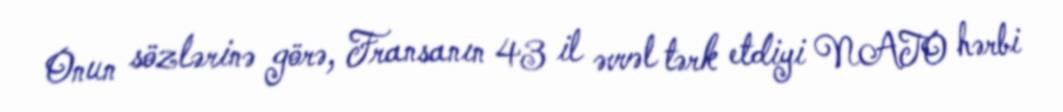
Onun sözlərinə görə, Fransanın 43 il əvvəl tərk etdiyi NATO hərbi